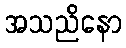
အသညိနော